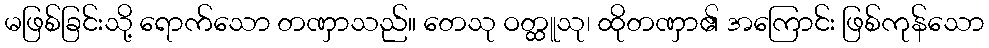
မဖြစ်ခြင်းသို့ ရောက်သော တဏှာသည်။ တေသု ဝတ္ထူသု၊ ထိုတဏှာ၏ အကြောင်း ဖြစ်ကုန်သော